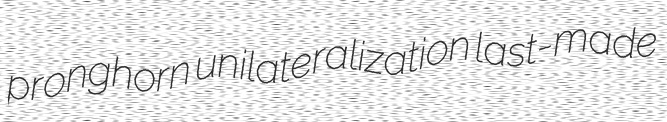
pronghorn unilateralization last-made